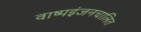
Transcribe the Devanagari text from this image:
वाष्पइंजनचालित